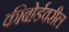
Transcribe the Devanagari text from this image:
कीबोर्डवरील